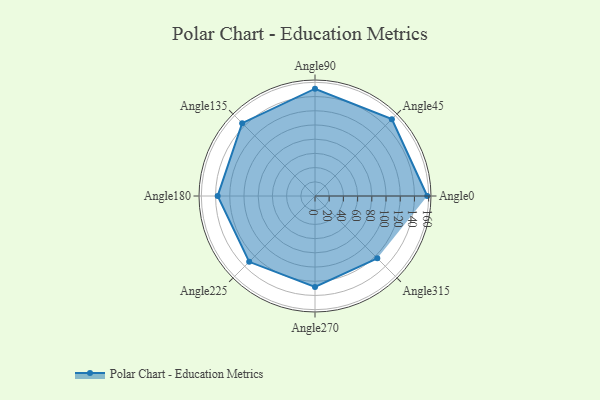
{"axis": {"x": "Angle", "y": "Radius"}, "legend": [""], "data": [{"x": "Angle0", "y": 158.0, "type": ""}, {"x": "Angle45", "y": 153.0, "type": ""}, {"x": "Angle90", "y": 151.0, "type": ""}, {"x": "Angle135", "y": 145.0, "type": ""}, {"x": "Angle180", "y": 137.0, "type": ""}, {"x": "Angle225", "y": 131.0, "type": ""}, {"x": "Angle270", "y": 128.0, "type": ""}, {"x": "Angle315", "y": 124.0, "type": ""}]}